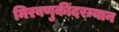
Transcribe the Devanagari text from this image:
मिरवणुकींदरम्यान